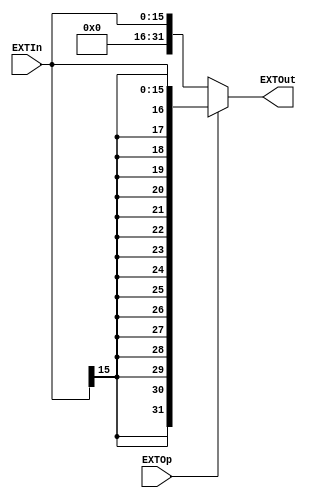
module EXT(
    input wire EXTOp,
    input wire [15:0] EXTIn,
    output wire [31:0] EXTOut
    );

    reg [31:0] r_EXTOut;
    always @(*) begin
        if(EXTOp==1'b0)begin
            r_EXTOut = {16'b0,EXTIn};
        end else begin
            r_EXTOut = {{16{EXTIn[15]}},EXTIn};
        end
    end

    assign EXTOut = r_EXTOut;
endmodule